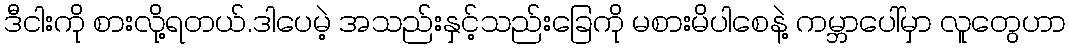
ဒီငါးကို စားလို့ရတယ်.ဒါပေမဲ့ အသည်းနှင့်သည်းခြေကို မစားမိပါစေနဲ့ ကမ္ဘာပေါ်မှာ လူတွေဟာ